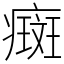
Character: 癍